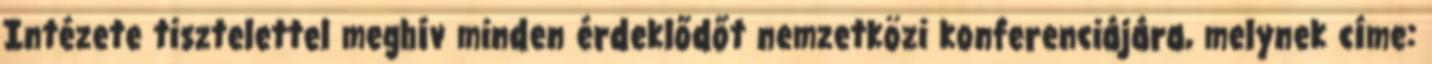
Intézete tisztelettel meghív minden érdeklődőt nemzetközi konferenciájára, melynek címe: